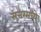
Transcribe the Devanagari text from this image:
सत्तरमध्ये